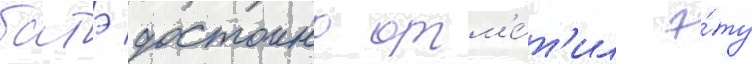
батэ достоино отм'е́т'ил э́ту